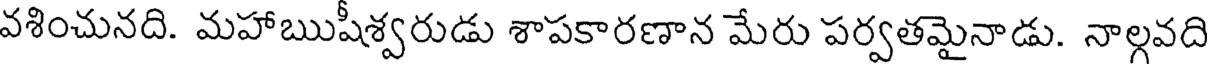
వశించునది. మహాఋషీశ్వరుడు శాపకారణాన మేరు పర్వతమైనాడు. నాల్గవది